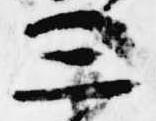
三